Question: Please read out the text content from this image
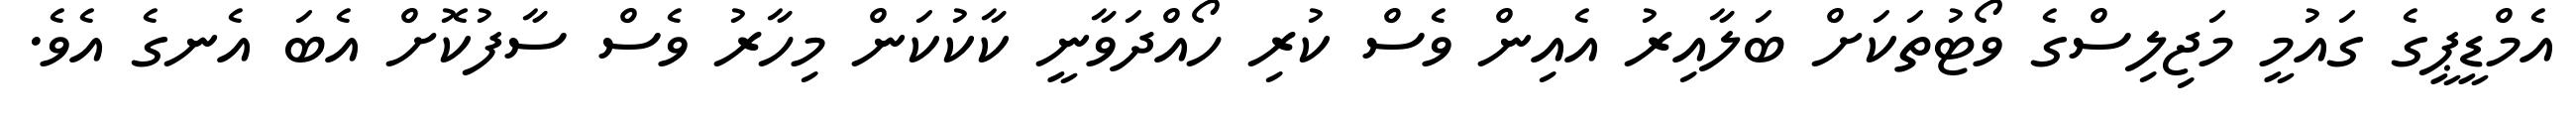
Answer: އެމްޑީޕީގެ ގައުމީ މަޖިލިސްގެ ވޯޓުތަކަށް ބަލާއިރު އެއިން ވެސް ކުރި ހޯއްދަވާނީ ކާކުކަން މިހާރު ވެސް ސާފުކޮށް އެބަ އެނގެ އެވެ.